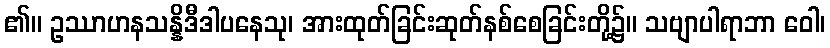
၏။ ဥဿာဟနသန္နိဒီဒါပနေသု၊ အားထုတ်ခြင်းဆုတ်နစ်စေခြင်းတို့၌။ သဗျာပါရာဘာ ဝေါ၊